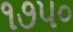
૧૭૫૦